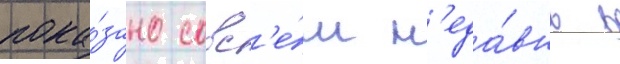
пока́зано совс'е́м н'еда́вно в